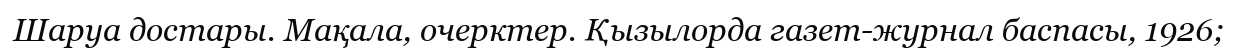
Шаруа достары. Мақала, очерктер. Қызылорда газет-журнал баспасы, 1926;